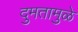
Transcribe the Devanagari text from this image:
दुमतामुळे